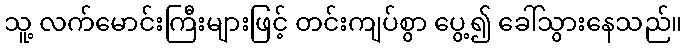
သူ့ လက်မောင်းကြီးများဖြင့် တင်းကျပ်စွာ ပွေ့၍ ခေါ်သွားနေသည်။